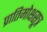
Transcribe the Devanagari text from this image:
प्रातिमोक्षसूत्र